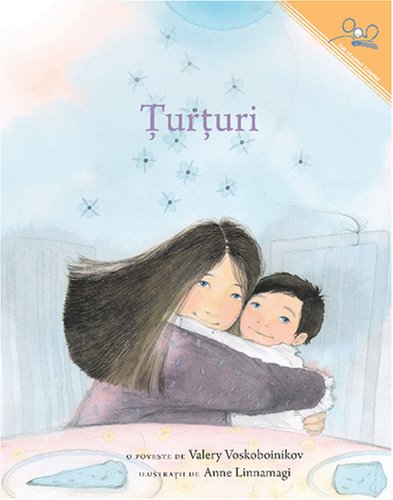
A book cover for Turi Turi| The Icicle (Romanian Edition); Valery Voskoboinikov; Children's Books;